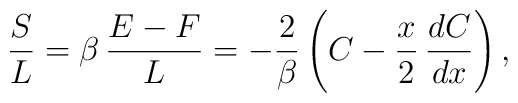
{S\over L} = \beta\,{E-F\over L}  = -{2\over\beta}\left(C -{x\over 2}\,{dC\over dx}\right),